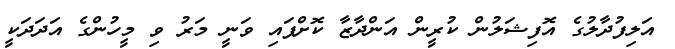
އަލިފުދާލުގެ އޮފިޝަލުން ކުރީން އަންދާޒާ ކޮށްފައި ވަނީ މަރު ވި މީހުންގެ އަދަދަކީ